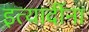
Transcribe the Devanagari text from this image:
इत्‍यादींना